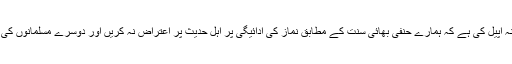
مصنف موصوف نے خیر خواہی پر مبنی ناصحانہ اور مشفقانہ اسلوب اختیار کیا ہے اور دردمندانہ اپیل کی ہے کہ ہمارے حنفی بھائی سنت کے مطابق نماز کی ادائیگی پر اہل حدیث پر اعتراض نہ کریں اور دوسرے مسلمانوں کی بے جا مخالفت نہ کریں، بلکہ خود بھی سنت کےمطابق نماز ادا کر کے اجروثواب حاصل کریں۔